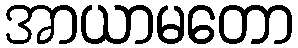
အာယာမတော